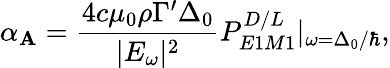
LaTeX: \alpha_{\mathbf{A}}=\frac{{4c\mu_{0}\rho\Gamma^{\prime}\Delta_{0}}}{{|E_{\omega}|^{2}}}P_{E1M1}^{D/L}|_{\omega=\Delta_{0}/\hbar},